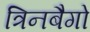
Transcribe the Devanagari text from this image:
त्रिनबैगो